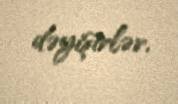
dəyişirlər.